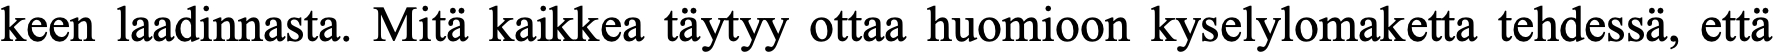
keen laadinnasta. Mitä kaikkea täytyy ottaa huomioon kyselylomaketta tehdessä, että